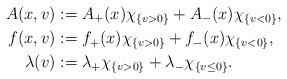
LaTeX: \begin{align*}A(x,v)&:= A_+(x)\chi_{\{v>0\}}+A_-(x) \chi _{\{v<0\}},\\f(x,v)&:= f_+(x)\chi_{\{v>0\}}+f_-(x) \chi _{\{v<0\}},\\\lambda(v) &:= \lambda_+ \chi_{\{v>0\}} + \lambda_- \chi_{\{v\le 0\}}.\end{align*}